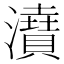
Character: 𤃋